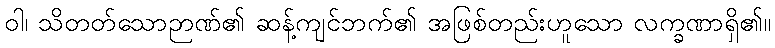
ဝါ၊ သိတတ်သောဉာဏ်၏ ဆန့်ကျင်ဘက်၏ အဖြစ်တည်းဟူသော လက္ခဏာရှိ၏။